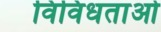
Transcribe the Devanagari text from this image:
विविधताओँ